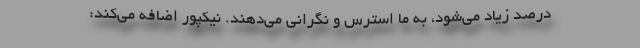
درصد زیاد می‌شود، به ما استرس و نگرانی می‌دهند. نیکپور اضافه می‌کند: